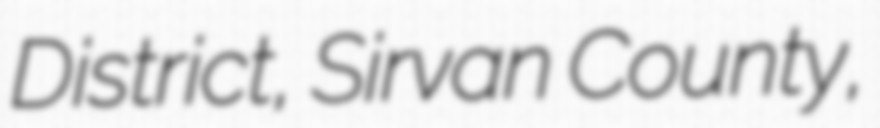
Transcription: District, Sirvan County,